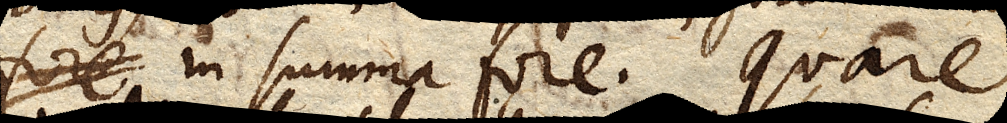
in summa fore. Quare